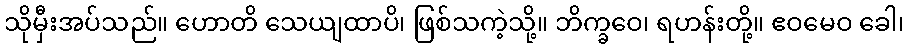
သိုမှီးအပ်သည်။ ဟောတိ သေယျထာပိ၊ ဖြစ်သကဲ့သို့။ ဘိက္ခဝေ၊ ရဟန်းတို့။ ဧဝမေဝ ခေါ၊